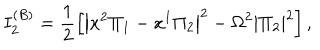
LaTeX: I _ { 2 } ^ { ( B ) } = \frac { 1 } { 2 } \left[ \left| x ^ { 2 } \Pi _ { 1 } - x ^ { 1 } \Pi _ { 2 } \right| ^ { 2 } - \Omega ^ { 2 } \left| \Pi _ { 2 } \right| ^ { 2 } \right] ,